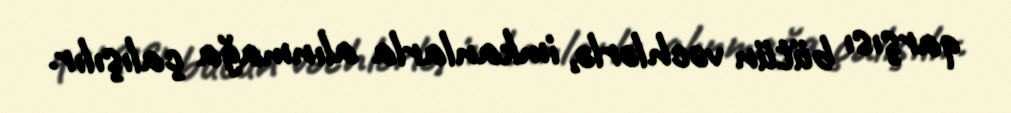
qarşısı bütün vəchlərlə, imkanlarla alınmağa çalışılır.